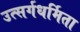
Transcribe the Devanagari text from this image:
उत्सर्गधर्मिता